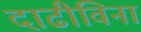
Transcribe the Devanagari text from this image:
दाढीविना